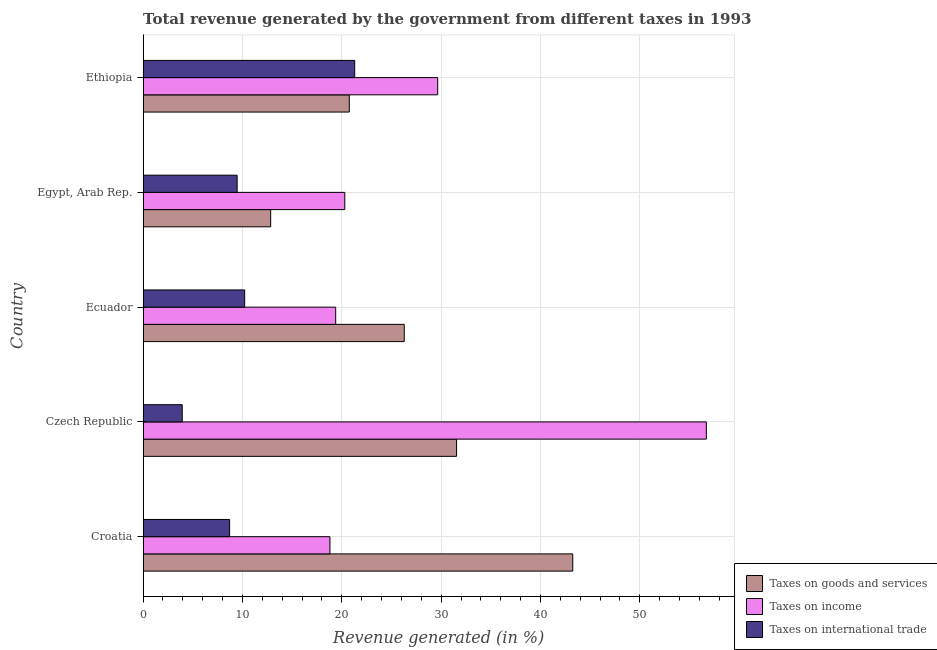
| Country | Taxes on goods and services | Taxes on income | Taxes on international trade |
 | --- | --- | --- | --- |
 | Croatia | 43.2 | 18.8 | 8.71 |
 | Czech Republic | 31.6 | 56.7 | 3.94 |
 | Ecuador | 26.3 | 19.4 | 10.2 |
 | Egypt, Arab Rep. | 12.8 | 20.3 | 9.47 |
 | Ethiopia | 20.8 | 29.7 | 21.3 |